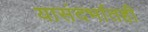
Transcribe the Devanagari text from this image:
यासंदर्भातही